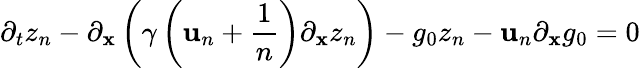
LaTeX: \partial_{t}z_{n}-\partial_{\mathbf{x}}\left(\gamma\left(\mathbf{u}_{n}+\frac{{1}}{{n}}\right)\partial_{\mathbf{x}}z_{n}\right)-g_{0}z_{n}-\mathbf{u}_{n}\partial_{\mathbf{x}}g_{0}=0